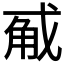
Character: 𭟵